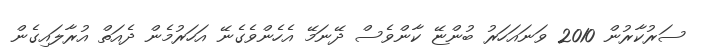
ސަރުކާރުން 2010 ވަނައަހަރު ބުންޏޭ ކާންވެސް ދޭނަމޭ އެހެންވެގެނޭ އަހަރުމެން ދެއަތް އުރާލައިގެން